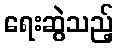
ရေးဆွဲသည့်